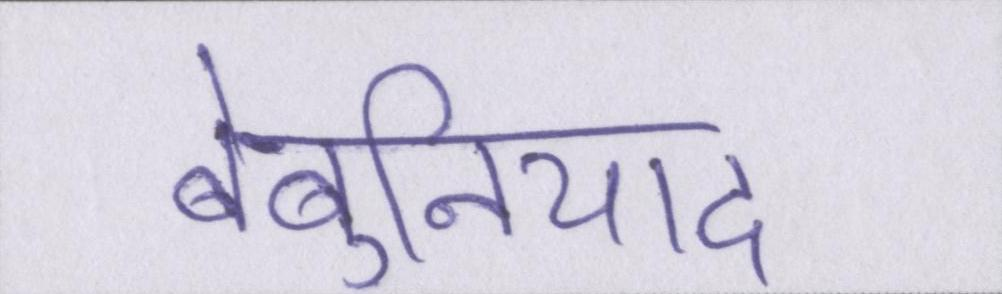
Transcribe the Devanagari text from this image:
बेबुनियाद